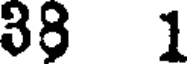
38 1